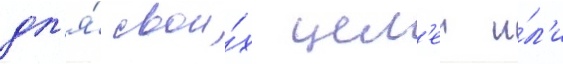
дл'я́ свои́х цел'еи и́л'и